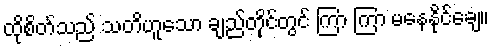
ထိုစိတ်သည် သတိဟူသော ချည်တိုင်တွင် ကြာ ကြာ မနေနိုင်ချေ။